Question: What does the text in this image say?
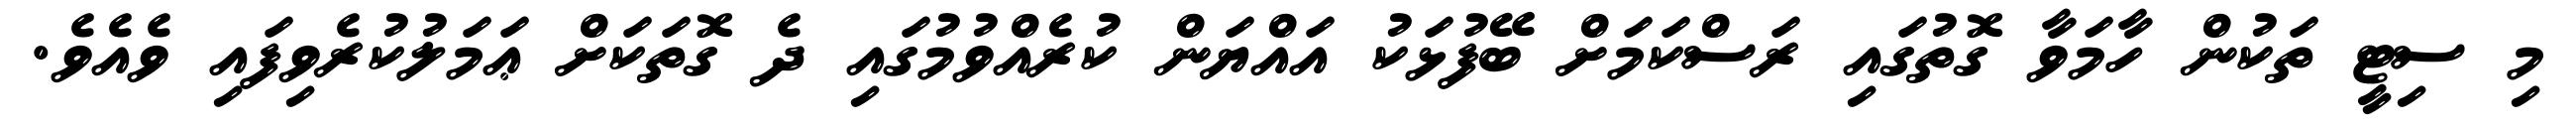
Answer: މި ސިޓީ ތަކުން ހާމަވާ ގޮތުގައި ރަސްކަމަށް ބޭފުޅަކު އައްޔަން ކުރެއްވުމުގައި ދެ ގޮތަކަށް ޢަމަލުކުރެވިފައި ވެއެވެ.